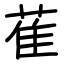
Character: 萑